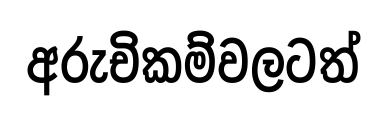
අරුචිකම්වලටත්